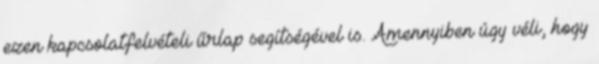
ezen kapcsolatfelvételi űrlap segítségével is. Amennyiben úgy véli, hogy